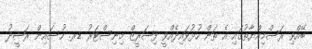
ބޭއްވި ރަސްމިއްޔާތުގައި އެ ތަން ހުޅުވައިދެއްވީ ފިޝަރީޒް މިނިސްޓަރު ޑރ. ހުސައިން ރަޝީދު